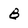
Character: B